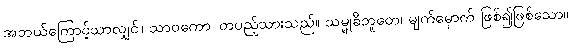
အဘယ်ကြောင့်သာလျှင်။ သာဝကော၊ တပည့်သားသည်။ သမ္မုခီဘူတေ၊ မျက်မှောက် ဖြစ်၍ဖြစ်သော။